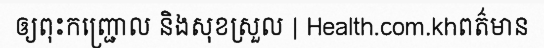
ឲ្យពុះកញ្ជ្រោល និងសុខស្រួល | Health.com.khពត៌មាន